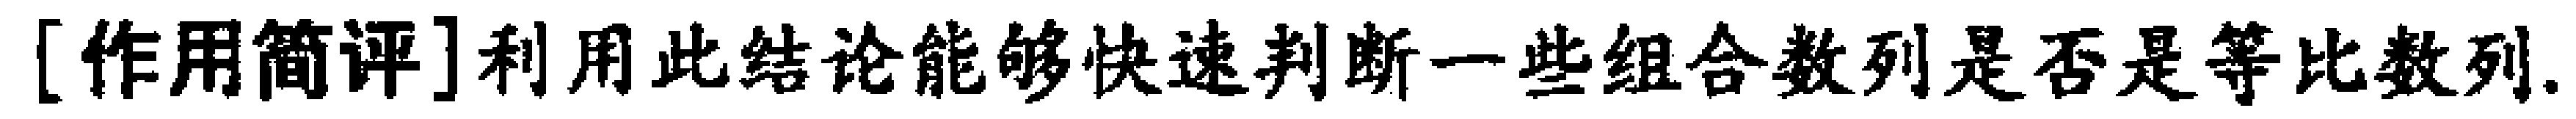
[作用简评]利用此结论能够快速判断一些组合数列是否是等比数列.